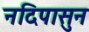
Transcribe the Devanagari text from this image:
नदिपासुन